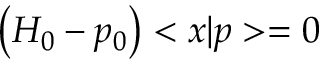
\left( H _ { 0 } - p _ { 0 } \right) < x | p > = 0